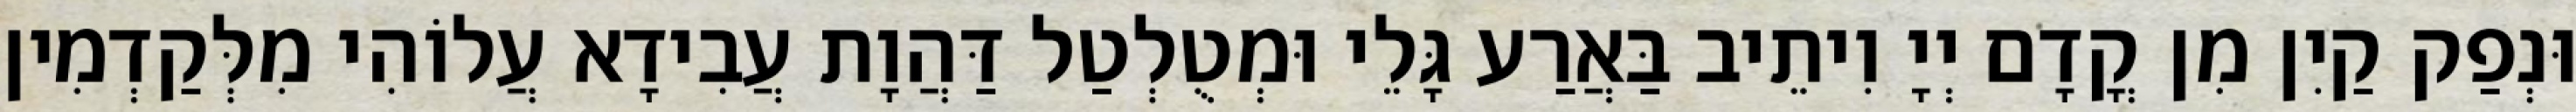
וּנְפַק קַיִן מִן קֳדָם יְיָ וִיתֵיב בַּאֲרַע גָּלֵי וּמְטֻלְטַל דַּהֲוָת עֲבִידָא עֲלוֹהִי מִלְּקַדְמִין